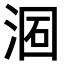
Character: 𣶦